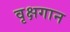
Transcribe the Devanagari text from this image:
वृक्षगान